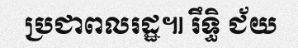
ប្រជាពលរដ្ឋ៕ រឹទ្ធិ ជ័យ